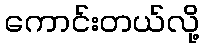
ကောင်းတယ်လို့